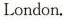
London.